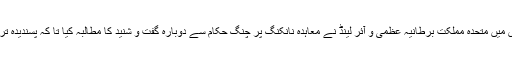
چین میں مراعات کی توسیع کی کوشش میں متحدہ مملکت برطانیہ عظمی و آئر لینڈ نے معاہدہ نانکنگ پر چنگ حکام سے دوبارہ گفت و شنید کا مطالبہ کیا تا کہ پسندیدہ ترین ملک کا درجہ حاصل کیا جا سکے۔